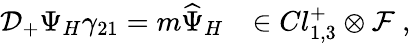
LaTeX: {\cal D}_{+}\Psi_{H}\gamma_{21}=m\widehat{\Psi}_{H}~~~\in Cl_{1,3}^{+}\otimes{\cal F}~,